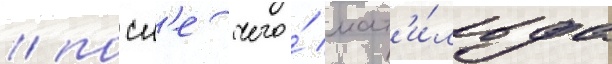
/ посл'е чего́ мат'и́льда